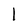
Character: l